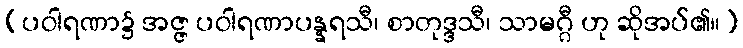
(ပဝါရဏာ၌ အဇ္ဇ ပဝါရဏာပန္နရသီ၊ စာတုဒ္ဒသီ၊ သာမဂ္ဂီ ဟု ဆိုအပ်၏။)